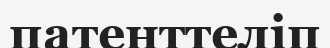
патенттеліп